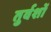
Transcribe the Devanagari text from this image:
तुर्वशों